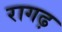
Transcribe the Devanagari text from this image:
रागढ़